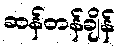
ဆန်တန်ချိန်